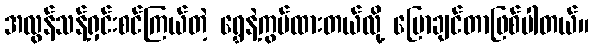
အလွန်သန့်ရှင်းစင်ကြယ်တဲ့ ရွှေနဲ့ကွပ်ထားတယ်လို့ ပြောချင်တာဖြစ်ပါတယ်။